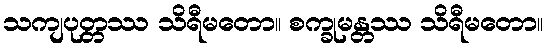
သကျပုတ္တဿ သိရီမတော။ စက္ခုမန္တဿ သိရီမတော။